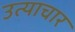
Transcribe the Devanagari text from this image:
उत्याचार